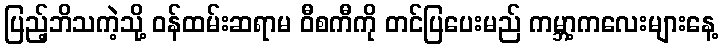
ပြည့်ဘိသကဲ့သို့ ဝန်ထမ်းဆရာမ ဝီစကီကို တင်ပြပေးမည် ကမ္ဘာ့ကလေးများနေ့